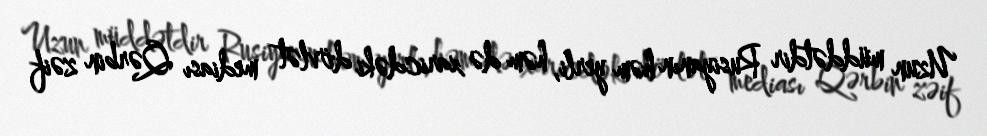
Uzun müddətdir Rusiyanın həm yerli, həm də xaricdəki dövlət mediası Qərbin zəif